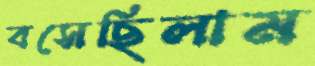
বসেছিলাম